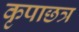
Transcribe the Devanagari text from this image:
कृपाछत्र